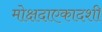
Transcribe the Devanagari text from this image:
मोक्षदाएकादशी